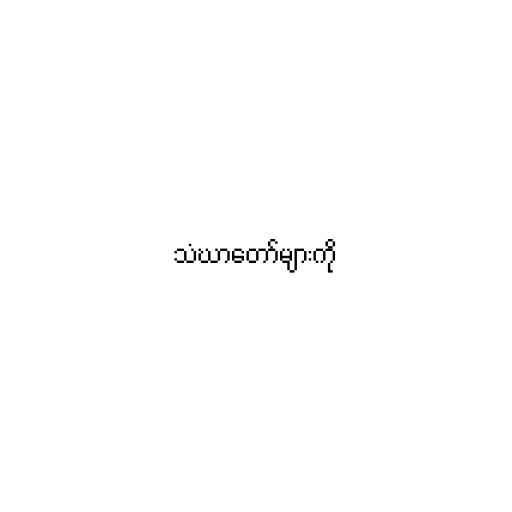
သံဃာတော်များကို